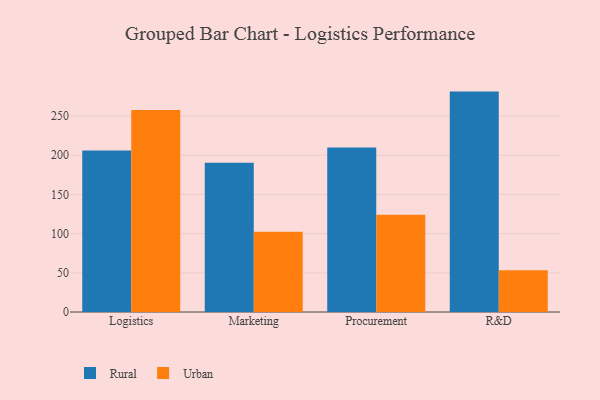
{"axis": {"x": "Department", "y": "Demand Index"}, "legend": ["Rural", "Urban"], "data": [{"x": "Logistics", "y": 206.1, "type": "Rural"}, {"x": "Logistics", "y": 257.7, "type": "Urban"}, {"x": "Marketing", "y": 190.4, "type": "Rural"}, {"x": "Marketing", "y": 102.5, "type": "Urban"}, {"x": "Procurement", "y": 209.9, "type": "Rural"}, {"x": "Procurement", "y": 124.2, "type": "Urban"}, {"x": "R&D", "y": 281.2, "type": "Rural"}, {"x": "R&D", "y": 53.4, "type": "Urban"}]}